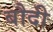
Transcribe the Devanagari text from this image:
बौदी